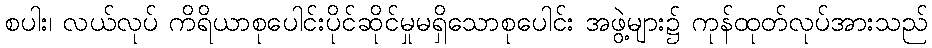
စပါး၊ လယ်လုပ် ကိရိယာစုပေါင်းပိုင်ဆိုင်မှုမရှိသောစုပေါင်း အဖွဲ့များ၌ ကုန်ထုတ်လုပ်အားသည်